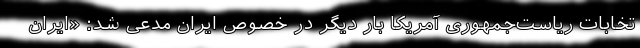
تخابات ریاست‌جمهوری آمریکا بار دیگر در خصوص ایران مدعی شد: «ایران